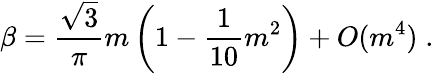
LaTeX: \beta=\frac{\sqrt{3}}{\pi}m\left(1-\frac{1}{10}m^{2}\right)+O(m^{4})\; .